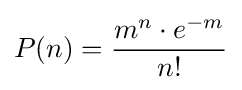
P(n)={\frac {m^{n}\cdot e^{-m}}{n!}}